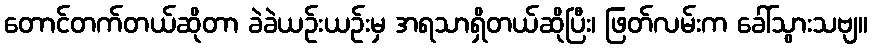
တောင်တက်တယ်ဆိုတာ ခဲခဲယဉ်းယဉ်းမှ အရသာရှိတယ်ဆိုပြီး၊ ဖြတ်လမ်းက ခေါ်သွားသဗျ။